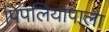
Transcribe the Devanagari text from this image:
पिपलियापाला